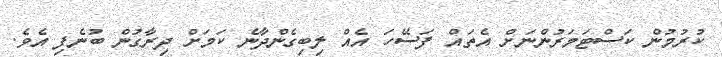
ކުރުމުން ކަސްޓަމަރުންނަށް އެތައް ފަސޭހަ އެއް ލިބިގެންދާނެ ކަމަށް ދިރާގުން ބުނެފި އެވެ.